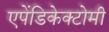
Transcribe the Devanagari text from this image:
एपेंडिकेक्टोमी